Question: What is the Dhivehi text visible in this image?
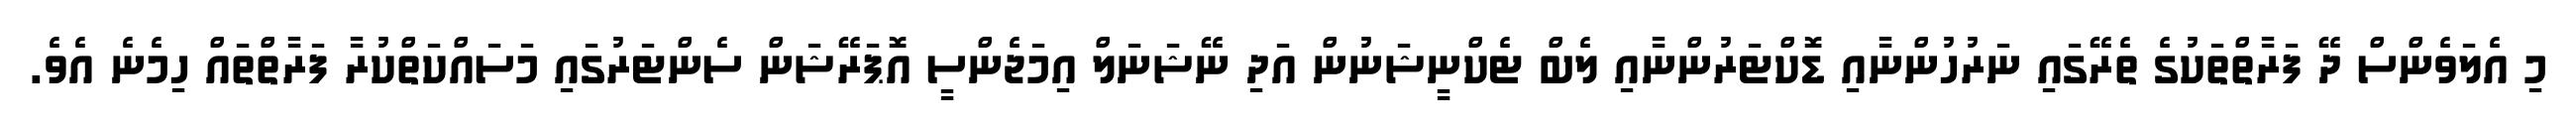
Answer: މި އެލަވެންސް ދޭ ފަރާތްތަކުގެ ތެރޭގައި ނަރުހުންނާއި ޑޮކްޓަރުންނާއި ލެބް ޓެކްނީޝަނުން އަދި ނޭޝަނަލް އިމަޖެންސީ އޮޕަރޭޝަން ސެންޓަރުގައި މަސައްކަތްކުރާ ފަރާތްތައް ހިމެނެ އެވެ.